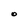
Character: O